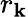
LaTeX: r_{\mathbf{k}}